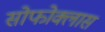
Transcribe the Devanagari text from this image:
सोफोक्लास